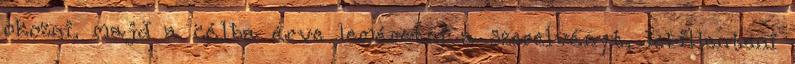
okozni, majd a célba érve leméretni a szerelvényt, lebillenteni